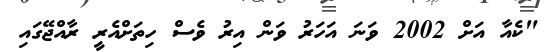
"ކެއާ އަށް 2002 ވަނަ އަހަރު ވަން އިރު ވެސް ހިތަށްއެރީ ރާއްޖޭގައި